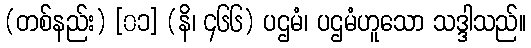
(တစ်နည်း) [၀၁] (နိ၊ ၄၆၆) ပဌမံ၊ ပဌမံဟူသော သဒ္ဒါသည်။